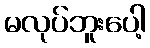
မလုပ်ဘူးပေါ့